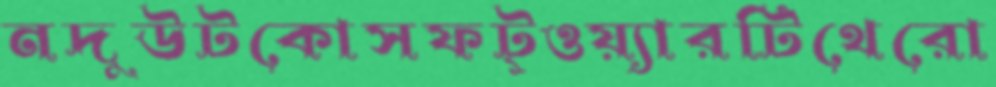
নদুউটকোসফট্ওয়্যারটিথেরো